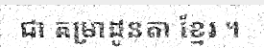
ជា តម្រាដូនតា ខ្មែរ ។